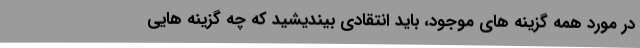
در مورد همه گزینه های موجود، باید انتقادی بیندیشید که چه گزینه هایی